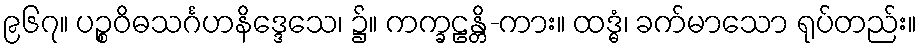
၉၆၇။ ပဉ္စဝိဓသင်္ဂဟနိဒ္ဒေသေ၊ ၌။ ကက္ခဠန္တိ-ကား။ ထဒ္ဓံ၊ ခက်မာသော ရုပ်တည်း။